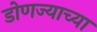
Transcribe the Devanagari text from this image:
डोणज्याच्या